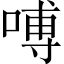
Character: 㗘